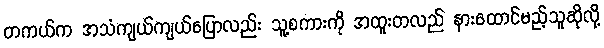
တကယ်က အသံကျယ်ကျယ်ပြောလည်း သူ့စကားကို အထူးတလည် နားထောင်မည့်သူဆိုလို့